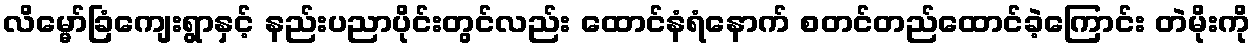
လိမ္မော်ခြံကျေးရွာနှင့် နည်းပညာပိုင်းတွင်လည်း ထောင်နံရံနောက် စတင်တည်ထောင်ခဲ့ကြောင်း တဲမိုးကို